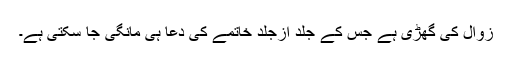
زوال کی گھڑی ہے جس کے جلد ازجلد خاتمے کی دُعا ہی مانگی جا سکتی ہے۔